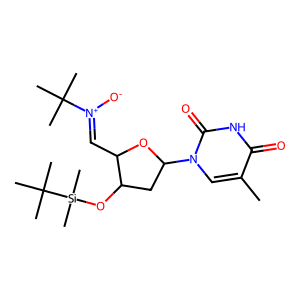
SMILES: Cc1cn(C2CC(O[Si](C)(C)C(C)(C)C)C(C=[N+]([O-])C(C)(C)C)O2)c(=O)[nH]c1=O
Inhibits HIV replication: No